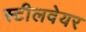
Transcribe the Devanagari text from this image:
स्टीलवेयर